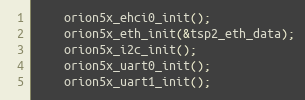
Language: C
	orion5x_ehci0_init();
	orion5x_eth_init(&tsp2_eth_data);
	orion5x_i2c_init();
	orion5x_uart0_init();
	orion5x_uart1_init();